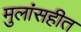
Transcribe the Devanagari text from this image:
मुलांसहीत